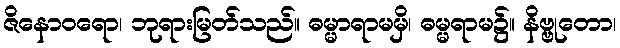
ဇိနောဝရော၊ ဘုရားမြတ်သည်။ ဓမ္မာရာမမှိ၊ ဓမ္မရာမ၌။ နိဗ္ဗုတော၊